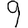
Digit: 9